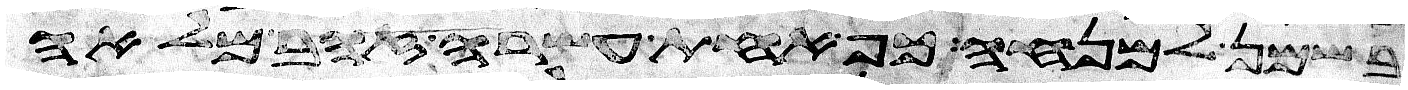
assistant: בשמן למנחה כף אחת עשרה זהב מלאה